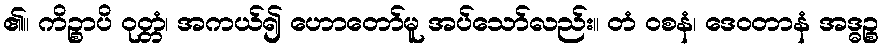
၏။ ကိဉ္စာပိ ဝုတ္တံ၊ အကယ်၍ ဟောတော်မူ အပ်သော်လည်း။ တံ ဝစနံ၊ ဒေဝတာနံ အဒ္ဓဉ္စ